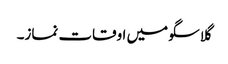
گلاسگو میں اوقات نماز۔